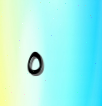
٥